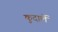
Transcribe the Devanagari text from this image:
कुदालें